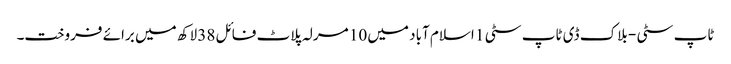
ٹاپ سٹی - بلاک ڈی ٹاپ سٹی 1 اسلام آباد میں 10 مرلہ پلاٹ فائل 38 لاکھ میں برائے فروخت۔